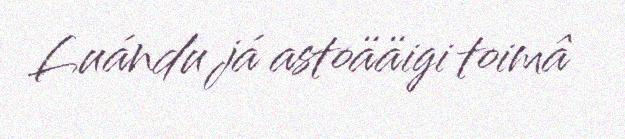
Luándu já astoääigi toimâ